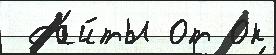
 са́йты от ок